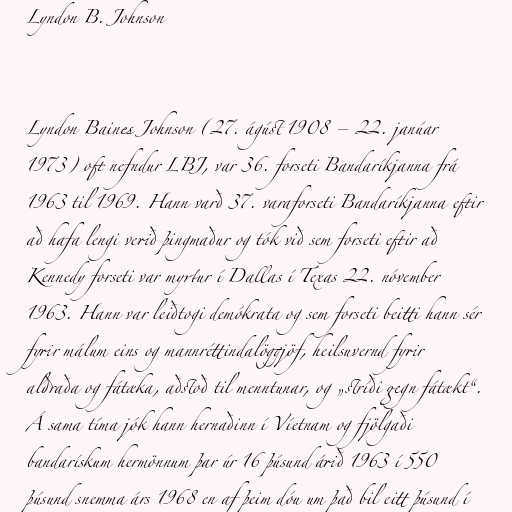
Lyndon B. Johnson

Lyndon Baines Johnson (27. ágúst 1908 – 22. janúar
1973) oft nefndur LBJ, var 36. forseti Bandaríkjanna frá
1963 til 1969. Hann varð 37. varaforseti Bandaríkjanna eftir
að hafa lengi verið þingmaður og tók við sem forseti eftir að
Kennedy forseti var myrtur í Dallas í Texas 22. nóvember
1963. Hann var leiðtogi demókrata og sem forseti beitti hann sér
fyrir málum eins og mannréttindalöggjöf, heilsuvernd fyrir
aldraða og fátæka, aðstoð til menntunar, og „stríði gegn fátækt“.
Á sama tíma jók hann hernaðinn í Víetnam og fjölgaði
bandarískum hermönnum þar úr 16 þúsund árið 1963 í 550
þúsund snemma árs 1968 en af þeim dóu um það bil eitt þúsund í